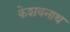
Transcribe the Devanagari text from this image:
केशवनाथ